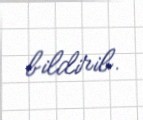
bildirib.